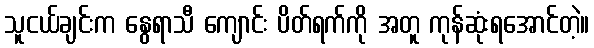
သူငယ်ချင်းက နွေရာသီ ကျောင်း ပိတ်ရက်ကို အတူ ကုန်ဆုံးရအောင်တဲ့။